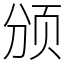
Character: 颁